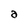
Character: a